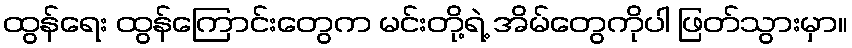
ထွန်ရေး ထွန်ကြောင်းတွေက မင်းတို့ရဲ့ အိမ်တွေကိုပါ ဖြတ်သွားမှာ။